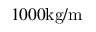
1 0 0 0 \mathrm { k g / m }